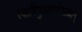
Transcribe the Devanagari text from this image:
स्वामिमुख्यगणेशाद्यान्